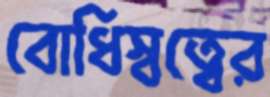
বোধিস্বত্বের